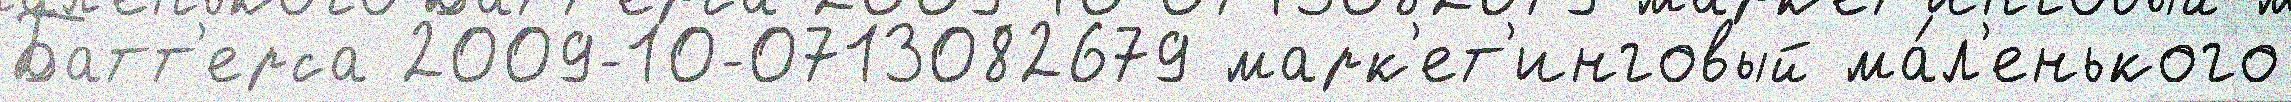
Батт'ерса 2009-10-0713082679 марк'ет'инговый ма́л'енького